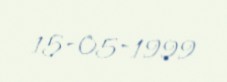
15-05-1999